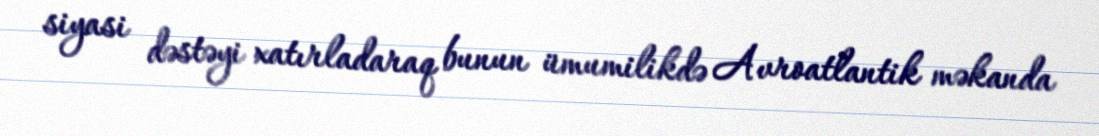
siyasi dəstəyi xatırladaraq bunun ümumilikdə Avroatlantik məkanda